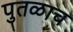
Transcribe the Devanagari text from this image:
पुतळाच